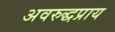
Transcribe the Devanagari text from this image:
अवरुद्धप्राय